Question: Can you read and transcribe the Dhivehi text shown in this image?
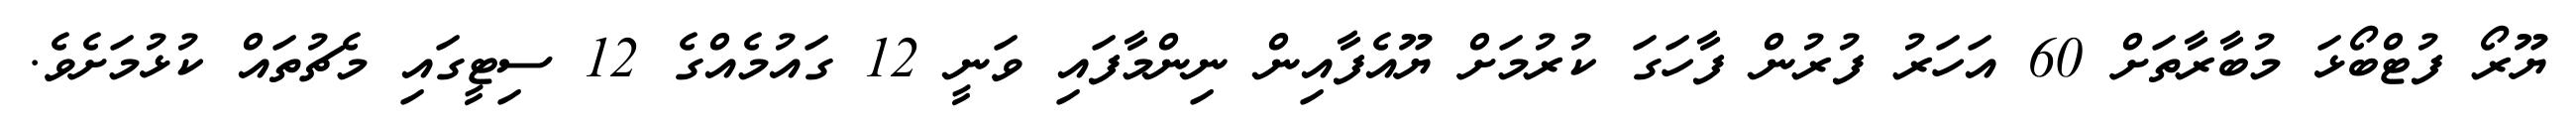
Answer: ޔޫރޯ ފުޓްބޯޅަ މުބާރާތަށް 60 އަހަރު ފުރުން ފާހަގަ ކުރުމަށް ޔޫއެފާއިން ނިންމާފައި ވަނީ 12 ގައުމެއްގެ 12 ސިޓީގައި މެޗުތައް ކުޅުމަށެވެ.